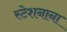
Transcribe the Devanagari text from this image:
स्टेशनाना